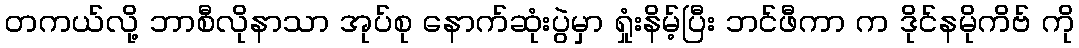
တကယ်လို့ ဘာစီလိုနာသာ အုပ်စု နောက်ဆုံးပွဲမှာ ရှုံးနိမ့်ပြီး ဘင်ဖီကာ က ဒိုင်နမိုကိဗ် ကို